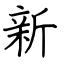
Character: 新